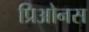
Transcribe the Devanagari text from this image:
प्रिओनस